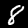
Digit: 8